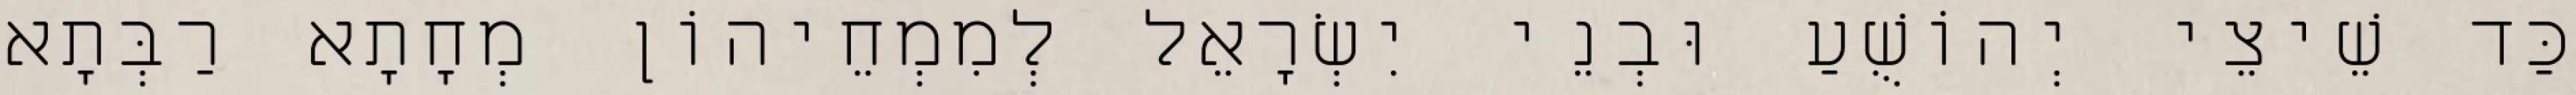
כַּד שֵׁיצֵי יְהוֹשֻׁעַ וּבְנֵי יִשְׂרָאֵל לְמִמְחֵיהוֹן מְחָתָא רַבְּתָא